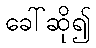
ခေါ်ဆို၍